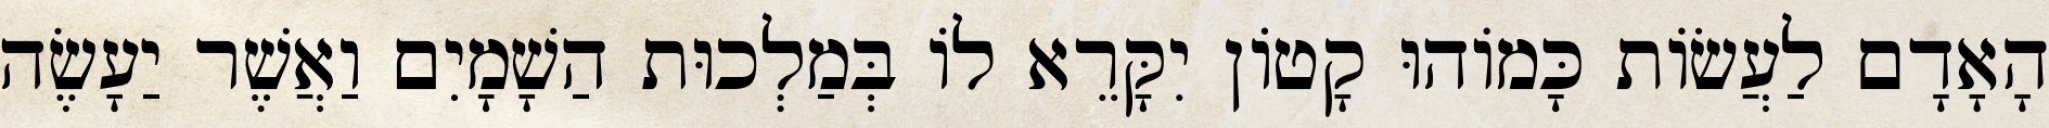
הָאָדָם לַעֲשׂוֹת כָּמוֹהוּ קָטוֹן יִקָּרֵא לוֹ בְּמַלְכוּת הַשָׁמָיִם וַאֲשֶׁר יַעָשֶׂה